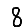
Digit: 8